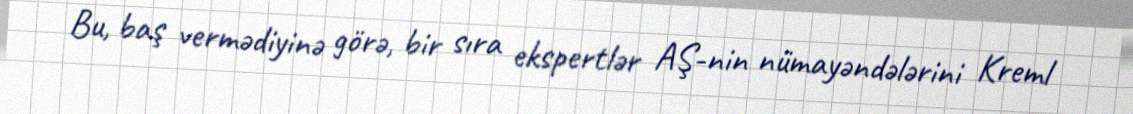
Bu, baş vermədiyinə görə, bir sıra ekspertlər AŞ-nin nümayəndələrini Kreml